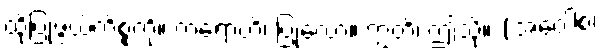
ထိုပြုဖွယ်ကိစ္စကို။ ကရောဟိ၊ ပြုလော။ ဣတိ၊ ဤသို့။ (အဝေါစ၊